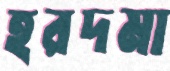
হরদমা